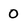
Character: O